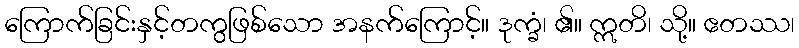
ကြောက်ခြင်းနှင့်တကွဖြစ်သော အနက်ကြောင့်။ ဒုက္ခံ၊ ၏။ ဣတိ၊ သို့။ ဧတဿ၊